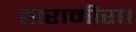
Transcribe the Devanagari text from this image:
तारामीरा।